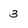
Character: 3